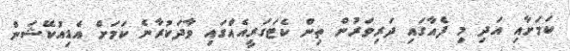
ކަމަށާއި އަދި މި ފެއާގައި ދަރިވަރުން ތިން ކެޓަގަރީއެއްގައި ވާދަކުރާނެ ކަމަށް އެޑިއުކޭޝަން